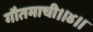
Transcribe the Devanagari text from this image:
गौतमाची।।४।।